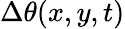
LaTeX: \Delta\theta(x,y,t)